Scientific memoirs by medical officers of the Army of India - Part XI,
Year: 1898
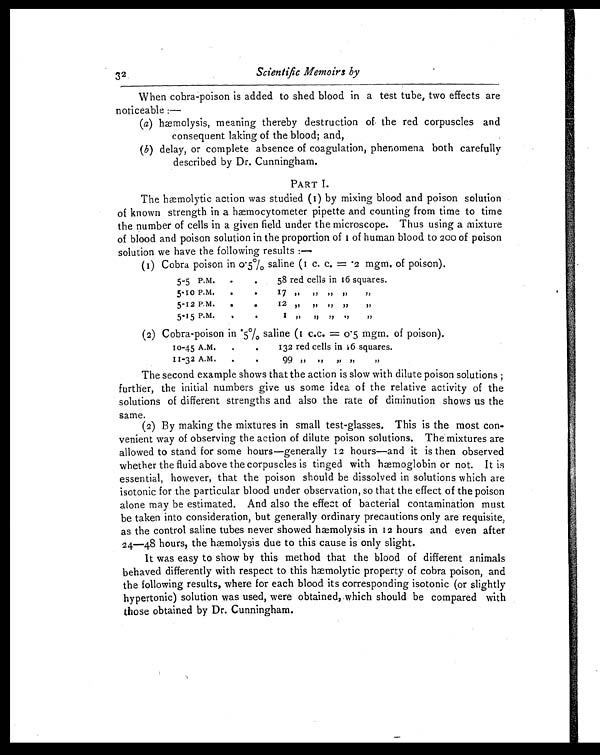
32
Scientific Memoirs by
When cobra-poison is added to shed blood in a test tube, two effects are
noticeable : —
(a) hæmolysis, meaning thereby destruction of the red corpuscles and
consequent laking of the blood; and,
(b) delay, or complete absence of coagulation, phenomena both carefully
described by Dr. Cunningham.
PART I.
The hæmolytic action was studied (1) by mixing blood and poison solution
of known strength in a hæmocytometer pipette and counting from time to time
the number of cells in a given field under the microscope. Thus using a mixture
of blood and poison solution in the proportion of 1o f h u m a n b l o o d t o
2 0 0
o f p o i s o n
solution we have the following results :—
(1) Cobra poison in 0.5% saline (1 c. c. =. 2 mgm. of poison).
5-5 P.M
.
. 58 red cells in 16 squares.
5-10 P.M, .
.
17 , ,
, ,
, , , ,
, ,
5-12 P.M.
.
.
12 ,, , ,
, ,
, ,
, ,
5-15 P.M.
.
.
1
, ,
, ,
, , , ,
, ,
(2) Cobra-poison in.5% saline (1 c.c. = 0.5 mgm. of poison).
10-45 A.M. .
.
132 red cells in 16 squares.
11-32 A.M.
.
. 99 , , , ,
, , , ,
, ,
The second example shows that the action is slow with dilute poison solutions
further, the initial numbers give us some idea of the relative activity of the
solutions of different strengths and also the rate of diminution shows us the
same.
(2) By making the mixtures in small test-glasses. This is the most con-
venient way of observing the action of dilute poison solutions. The mixtures are
allowed to stand for some hours—generally 12 hours—and it is then observed
whether the fluid above the corpuscles is tinged with hæmoglobin or not. It is
essential, however, that the poison should be dissolved in solutions which are
isotonic for the particular blood under observation, so that the effect of the poison
alone may be estimated. And also the effect of bacterial contamination must
be taken into consideration, but generally ordinary precautions only are requisite,
as the control saline tubes never showed hæmolysis in 12 hours and even after
24—48 hours, the hæmolysis due to this cause is only slight.
It was easy to show by this method that the blood of different animals
behaved differently with respect to this hæmolytic property of cobra poison, and
the following results, where for each blood its corresponding isotonic (or slightly
hypertonic) solution was used, were obtained, which should be compared with
those obtained by Dr. Cunningham.